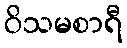
ဝိသမစာရီ